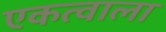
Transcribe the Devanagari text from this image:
एकत्वाला